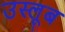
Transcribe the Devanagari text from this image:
उस्लूब